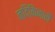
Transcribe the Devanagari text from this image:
नदिकिनारी